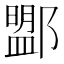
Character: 𨞚